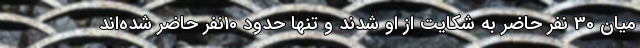
میان 30 نفر حاضر به شکایت از او شدند و تنها حدود 10نفر حاضر شده‌اند